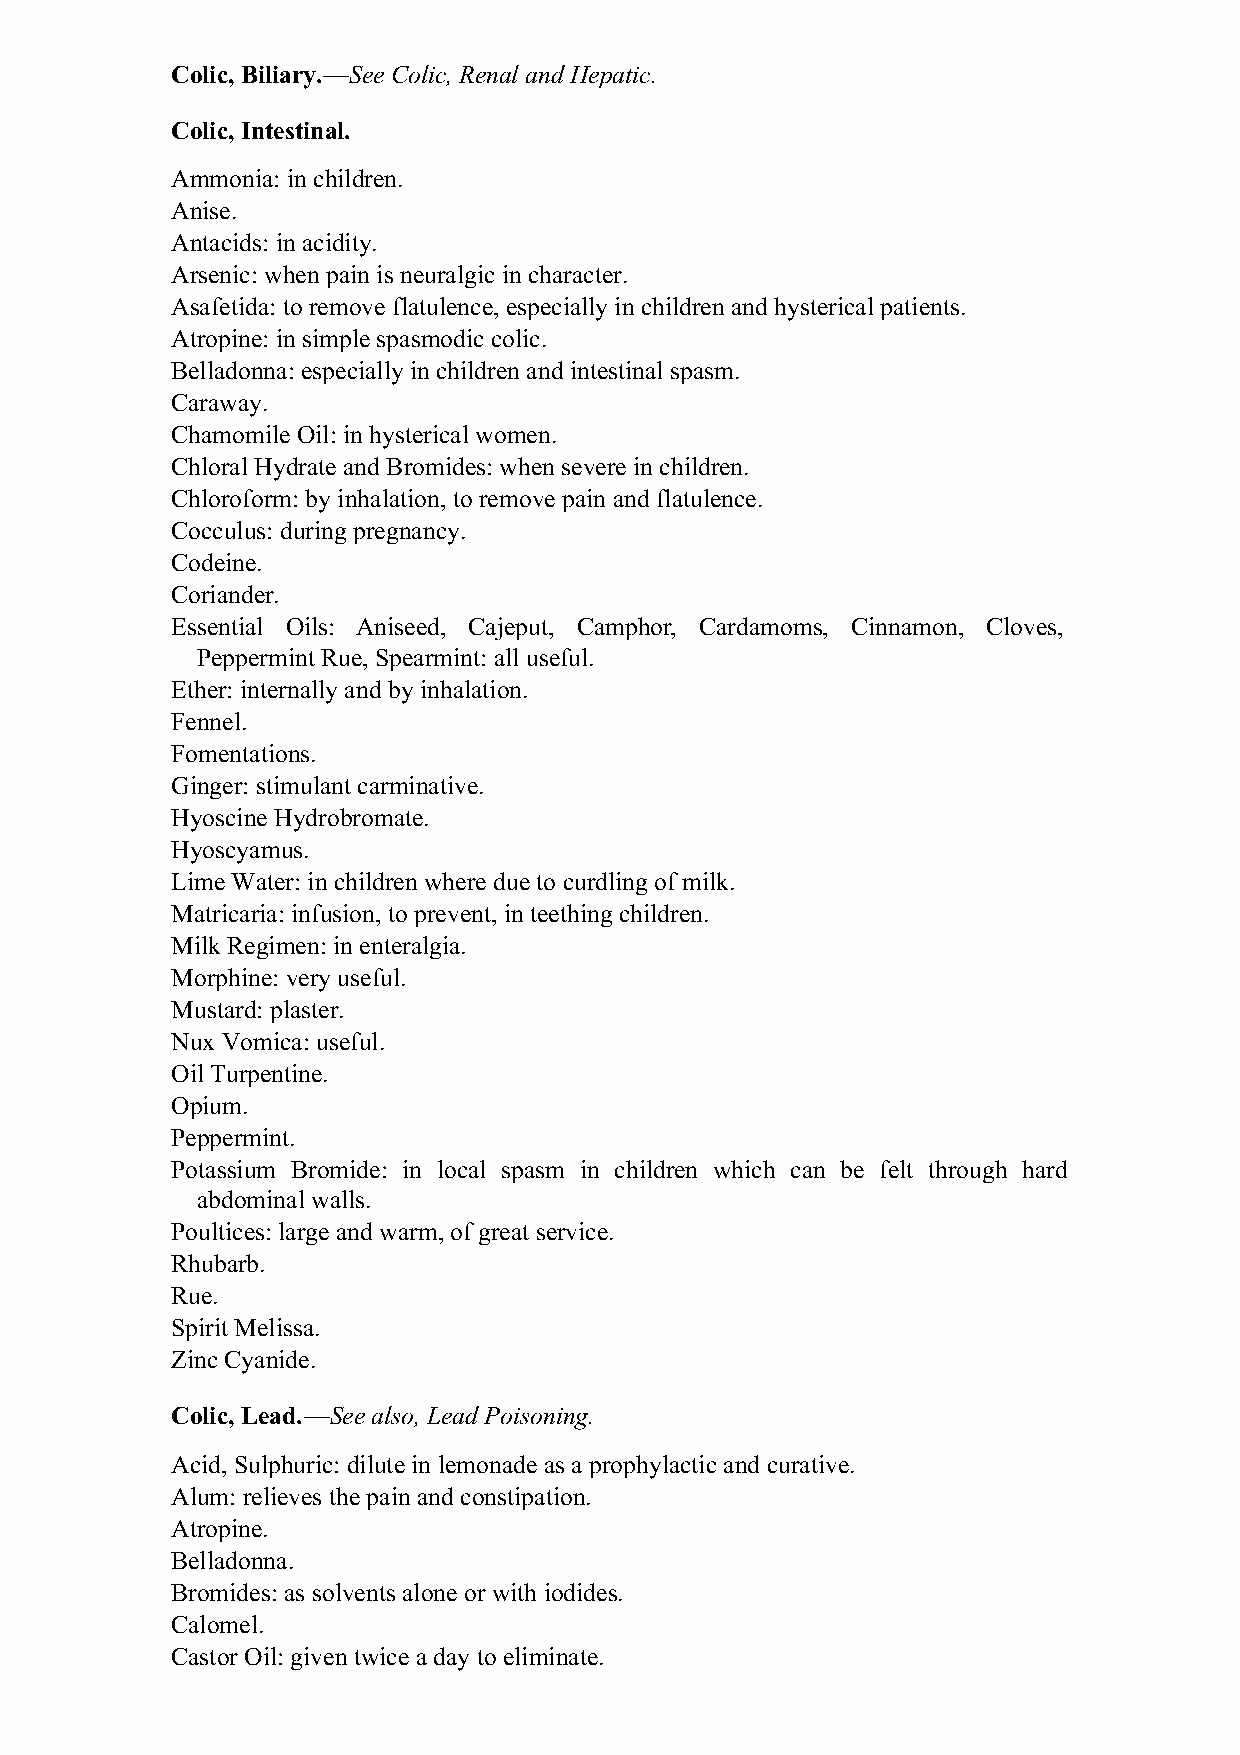
Colic, Biliary.—See Colic, Renal and Hepatic.
 Colic, Intestinal.
 Ammonia: in children.
 Anise.
 Antacids: in acidity.
 Arsenic: when pain is neuralgic in character.
 Asafetida: to remove flatulence, especially in children and hysterical patients.
 Atropine: in simple spasmodic colic.
 Belladonna: especially in children and intestinal spasm.
 Caraway.
 Chamomile Oil: in hysterical women.
 Chloral Hydrate and Bromides: when severe in children.
 Chloroform: by inhalation, to remove pain and flatulence.
 Cocculus: during pregnancy.
 Codeine.
 Coriander.
 Essential Oils: Aniseed, Cajeput, Camphor, Cardamoms, Cinnamon, Cloves,
 Peppermint Rue, Spearmint: all useful.
 Ether: internally and by inhalation.
 Fennel.
 Fomentations.
 Ginger: stimulant carminative.
 Hyoscine Hydrobromate.
 Hyoscyamus.
 Lime Water: in children where due to curdling of milk.
 Matricaria: infusion, to prevent, in teething children.
 Milk Regimen: in enteralgia.
 Morphine: very useful.
 Mustard: plaster.
 Nux Vomica: useful.
 Oil Turpentine.
 Opium.
 Peppermint.
 Potassium Bromide: in local spasm in children which can be felt through hard
 abdominal walls.
 Poultices: large and warm, of great service.
 Rhubarb.
 Rue.
 Spirit Melissa.
 Zinc Cyanide.
 Colic, Lead.—See also, Lead Poisoning.
 Acid, Sulphuric: dilute in lemonade as a prophylactic and curative.
 Alum: relieves the pain and constipation.
 Atropine.
 Belladonna.
 Bromides: as solvents alone or with iodides.
 Calomel.
 Castor Oil: given twice a day to eliminate.